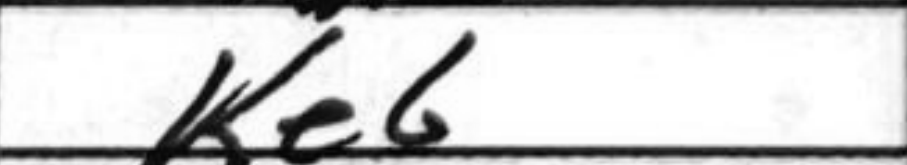
Transcription: Ke6